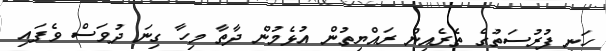
ހަނި ފުރުސަތުގެ ތެރެއިން ރައްޔިތުން އުޅެމުން ދާތާ މިހާ ގިނަ ދުވަސް ވެފައި